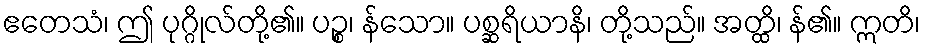
ဧတေသံ၊ ဤ ပုဂ္ဂိုလ်တို့၏။ ပဉ္စ၊ န်သော။ ပစ္ဆရိယာနိ၊ တို့သည်။ အတ္ထိ၊ န်၏။ ဣတိ၊